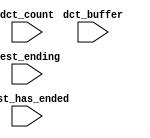
module NIOS_nios2_qsys_0_oci_test_bench (
                                          // inputs:
                                           dct_buffer,
                                           dct_count,
                                           test_ending,
                                           test_has_ended
                                        )
;

  input   [ 29: 0] dct_buffer;
  input   [  3: 0] dct_count;
  input            test_ending;
  input            test_has_ended;


endmodule